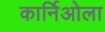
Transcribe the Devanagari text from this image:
कार्निओला